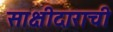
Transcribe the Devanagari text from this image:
साक्षीदाराची